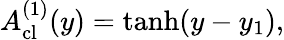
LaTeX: A_{\mathrm{cl}}^{(1)}(y)=\operatorname{tanh}(y-y_{1}),